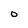
Character: O